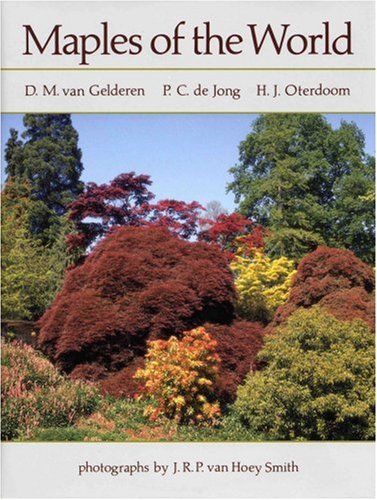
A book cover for Maples of the World; D. M. van Gelderen; Science & Math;